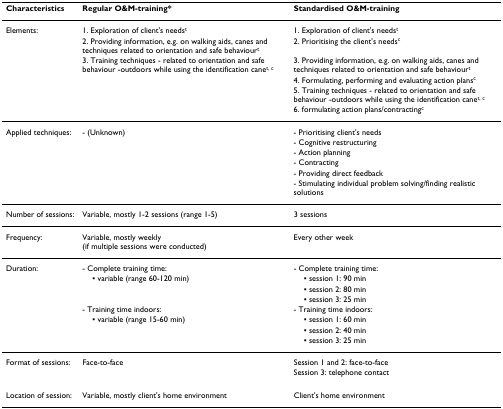
<table><thead><tr><td><b>Characteristics</b></td><td><b>Regular O&amp;M-training*</b></td><td><b>Standardised O&amp;M-training</b></td></tr></thead><tbody><tr><td>Elements:</td><td>1. Exploration of client&#x27;s needs<sup>t</sup></td><td>1. Exploration of client&#x27;s needs<sup>t</sup></td></tr><tr><td></td><td>2. Providing information, e.g. on walking aids, canes and techniques related to orientation and safe behaviour<sup>t</sup></td><td>2. Prioritising the client&#x27;s needs<sup>c</sup></td></tr><tr><td></td><td>3. Training techniques - related to orientation and safe behaviour -outdoors while using the identification cane<sup>t, c</sup></td><td>3. Providing information, e.g. on walking aids, canes and techniques related to orientation and safe behaviour<sup>t</sup></td></tr><tr><td></td><td></td><td>4. Formulating, performing and evaluating action plans<sup>c</sup></td></tr><tr><td></td><td></td><td>5. Training techniques - related to orientation and safe behaviour -outdoors while using the identification cane<sup>t, c</sup></td></tr><tr><td></td><td></td><td>6. formulating action plans/contracting<sup>c</sup></td></tr><tr><td>Applied techniques:</td><td>- (Unknown)</td><td>- Prioritising client&#x27;s needs</td></tr><tr><td></td><td></td><td>- Cognitive restructuring</td></tr><tr><td></td><td></td><td>- Action planning</td></tr><tr><td></td><td></td><td>- Contracting</td></tr><tr><td></td><td></td><td>- Providing direct feedback</td></tr><tr><td></td><td></td><td>- Stimulating individual problem solving/finding realistic solutions</td></tr><tr><td>Number of sessions:</td><td>Variable, mostly 1-2 sessions (range 1-5)</td><td>3 sessions</td></tr><tr><td>Frequency:</td><td>Variable, mostly weekly (if multiple sessions were conducted)</td><td>Every other week</td></tr><tr><td>Duration:</td><td>- Complete training time:</td><td>- Complete training time:</td></tr><tr><td></td><td> ▪ variable (range 60-120 min)</td><td> ▪ session 1: 90 min</td></tr><tr><td></td><td></td><td> ▪ session 2: 80 min</td></tr><tr><td></td><td></td><td> ▪ session 3: 25 min</td></tr><tr><td></td><td>- Training time indoors:</td><td>- Training time indoors:</td></tr><tr><td></td><td> ▪ variable (range 15-60 min)</td><td> ▪ session 1: 60 min</td></tr><tr><td></td><td></td><td> ▪ session 2: 40 min</td></tr><tr><td></td><td></td><td> ▪ session 3: 25 min</td></tr><tr><td>Format of sessions:</td><td>Face-to-face</td><td>Session 1 and 2: face-to-face</td></tr><tr><td></td><td></td><td>Session 3: telephone contact</td></tr><tr><td>Location of session:</td><td>Variable, mostly client&#x27;s home environment</td><td>Client&#x27;s home environment</td></tr></tbody></table>